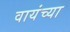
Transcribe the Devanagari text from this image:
वायंच्या